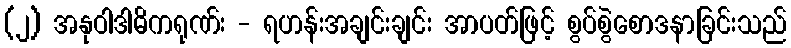
(၂) အနုဝါဒါဓိကရုဏ်း - ရဟန်းအချင်းချင်း အာပတ်ဖြင့် စွပ်စွဲစောဒနာခြင်းသည်